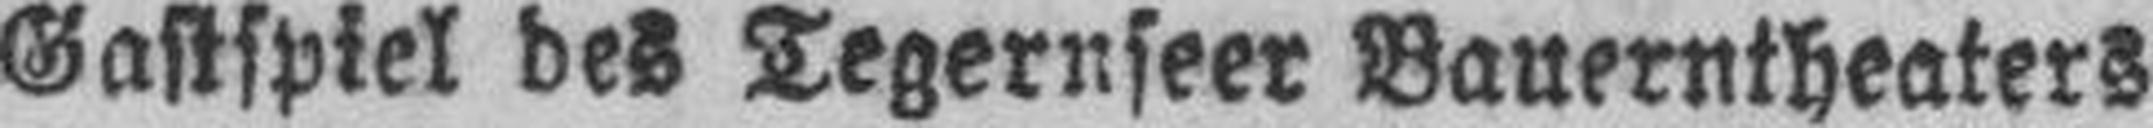
Gastspiel des Tegernseer Bauerntheaters